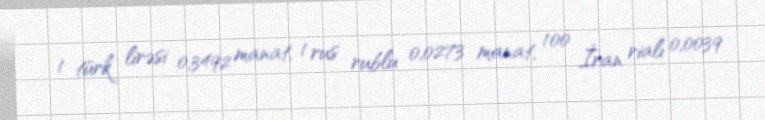
1 türk lirəsi 0,3492 manat, 1 rus rublu 0,0273 manat, 100 İran rialı 0,0039